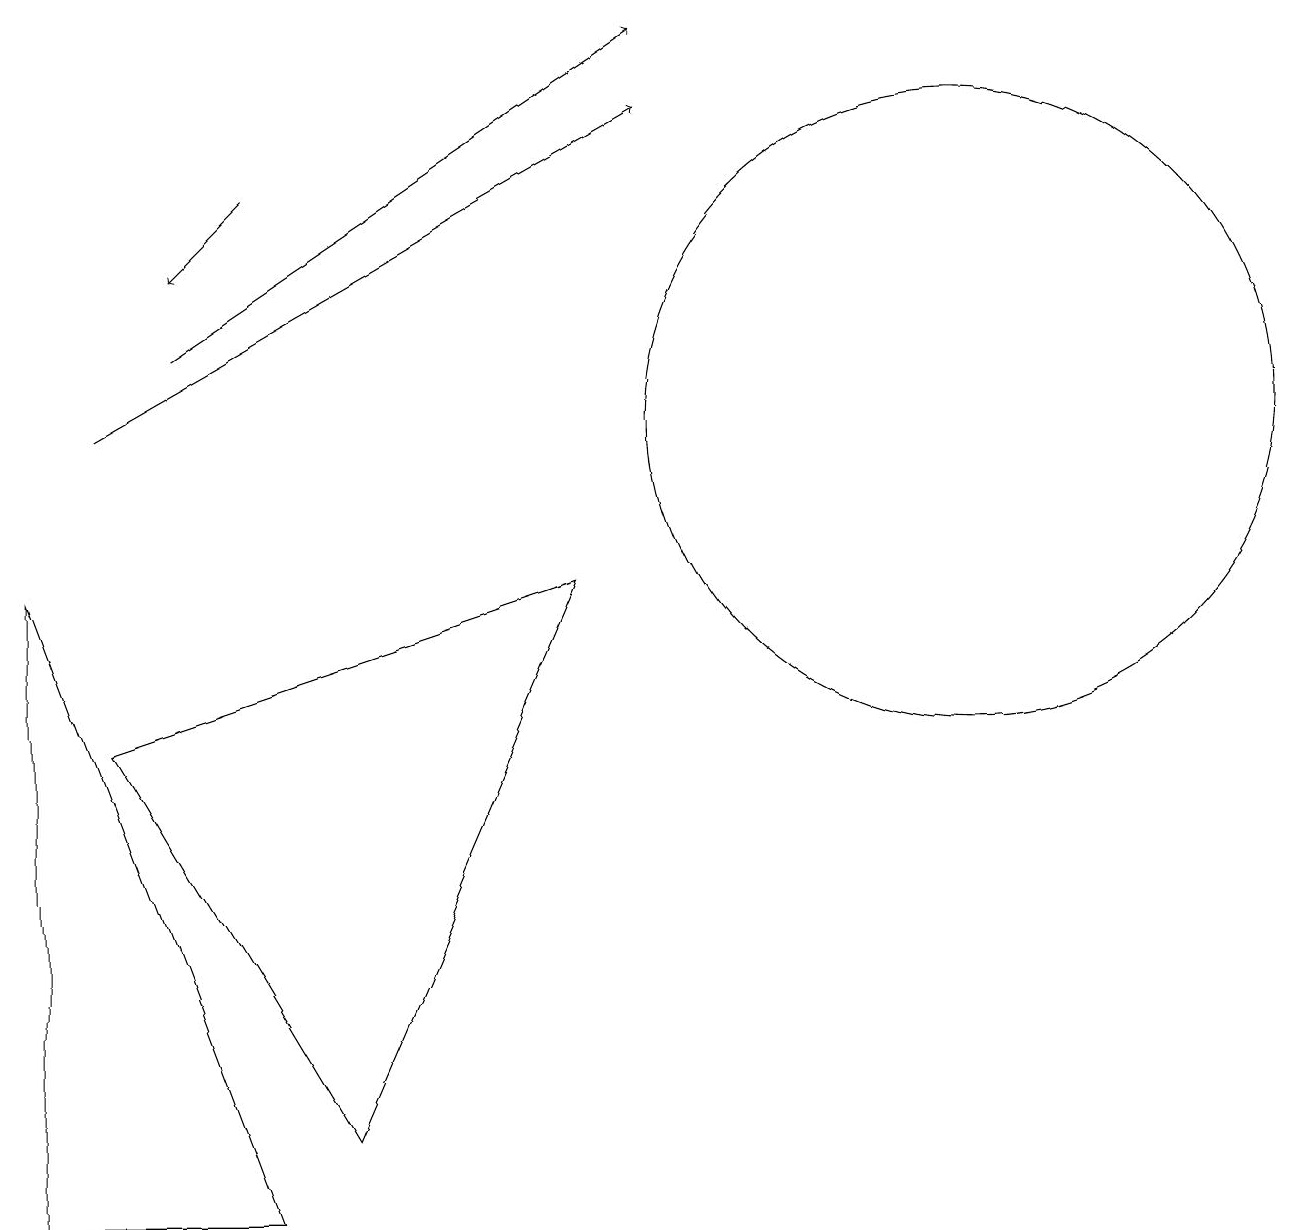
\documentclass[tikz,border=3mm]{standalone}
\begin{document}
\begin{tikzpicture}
\draw (0,9) -- (3,1) -- (0,1) -- cycle;
\draw[->] (1,11) -- (8,15);
\draw[->] (3,14) -- (2,13);
\draw (12,11) circle (4);
\draw[->] (2,12) -- (8,16);
\draw (4,2) -- (7,9) -- (1,7) -- cycle;
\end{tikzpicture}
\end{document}